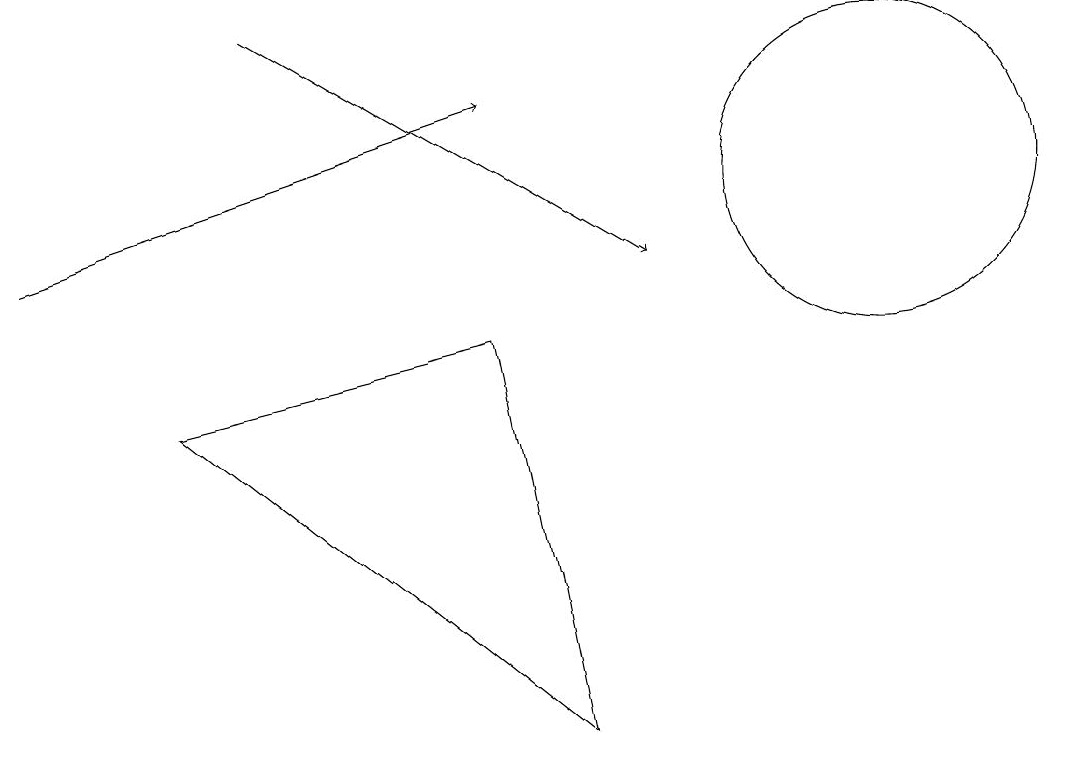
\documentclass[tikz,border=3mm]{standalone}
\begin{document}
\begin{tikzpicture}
\draw (11,11) circle (2);
\draw[->] (0,10) -- (6,12);
\draw[->] (3,13) -- (8,10);
\draw (2,8) -- (6,9) -- (7,4) -- cycle;
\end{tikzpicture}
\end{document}